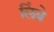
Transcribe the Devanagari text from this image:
लिंबे